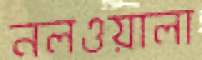
নলওয়ালা